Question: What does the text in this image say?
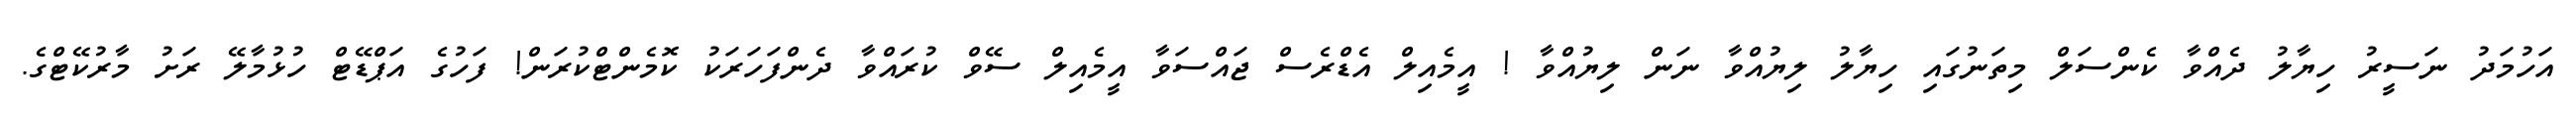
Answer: އަހުމަދު ނަސީރު ހިޔާލު ދެއްވާ ކެންސަލް މިތަނުގައި ހިޔާލު ލިޔުއްވާ ނަން ލިޔުއްވާ ! އީމެއިލް އެޑްރެސް ޖައްސަވާ އީމެއިލް ސޭވް ކުރައްވާ ދެންފަހަރަކު ކޮމެންޓްކުރަން! ފަހުގެ އަޕްޑޭޓް ހުޅުމާލޭ ރަށު މާރުކޭޓްގެ.